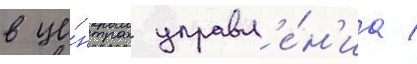
в це́нтрах управл'е́н'иа /